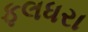
ફલધરા